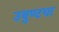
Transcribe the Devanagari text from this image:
उबुण्टचा